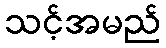
သင့်အမည်